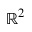
\mathbb { R } ^ { 2 }